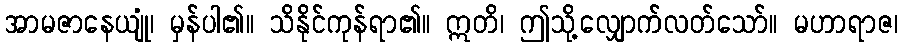
အာမဇာနေယျုံ၊ မှန်ပါ၏။ သိနိုင်ကုန်ရာ၏။ ဣတိ၊ ဤသို့လျှောက်လတ်သော်။ မဟာရာဇ၊